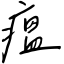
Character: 瘟